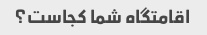
اقامتگاه شما کجاست؟